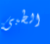
الطبى